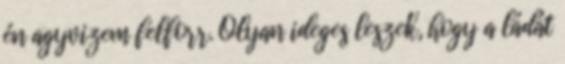
én agyvizem felforr. Olyan ideges leszek, hogy a ládát